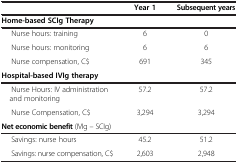
|  | Year 1 | Subsequent years |
 | --- | --- | --- |
 | Home-based SCIg Therapy |  |  |
 | Nurse hours: training | 6 | 0 |
 | Nurse hours: monitoring | 6 | 6 |
 | Nurse compensation, C$ | 691 | 345 |
 | Hospital-based IVIg therapy |  |  |
 | Nurse Hours: IV administration and monitoring | 57.2 | 57.2 |
 | Nurse Compensation, C$ | 3,294 | 3,294 |
 | Net economic benefit (IVIg – SCIg) |  |  |
 | Savings: nurse hours | 45.2 | 51.2 |
 | Savings: nurse compensation, C$ | 2,603 | 2,948 |